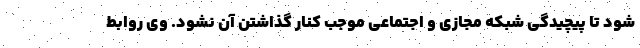
شود تا پیچیدگی شبکه مجازی و اجتماعی موجب کنار گذاشتن آن نشود. وی روابط